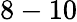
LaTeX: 8-10